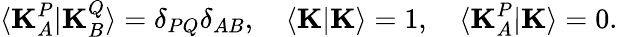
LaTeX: \langle\mathbf{K}_{A}^{P}|\mathbf{K}_{B}^{Q}\rangle=\delta_{PQ}\delta_{AB},\quad\langle\mathbf{K}|\mathbf{K}\rangle=1,\quad\langle\mathbf{K}_{A}^{P}|\mathbf{K}\rangle=0.